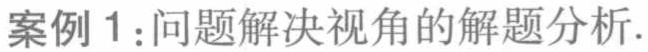
案例 1：问题解决视角的解题分析.